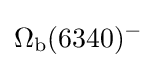
\Omega _{\rm {b}}(6340)^{-}